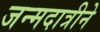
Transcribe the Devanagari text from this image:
जन्मदात्रीने